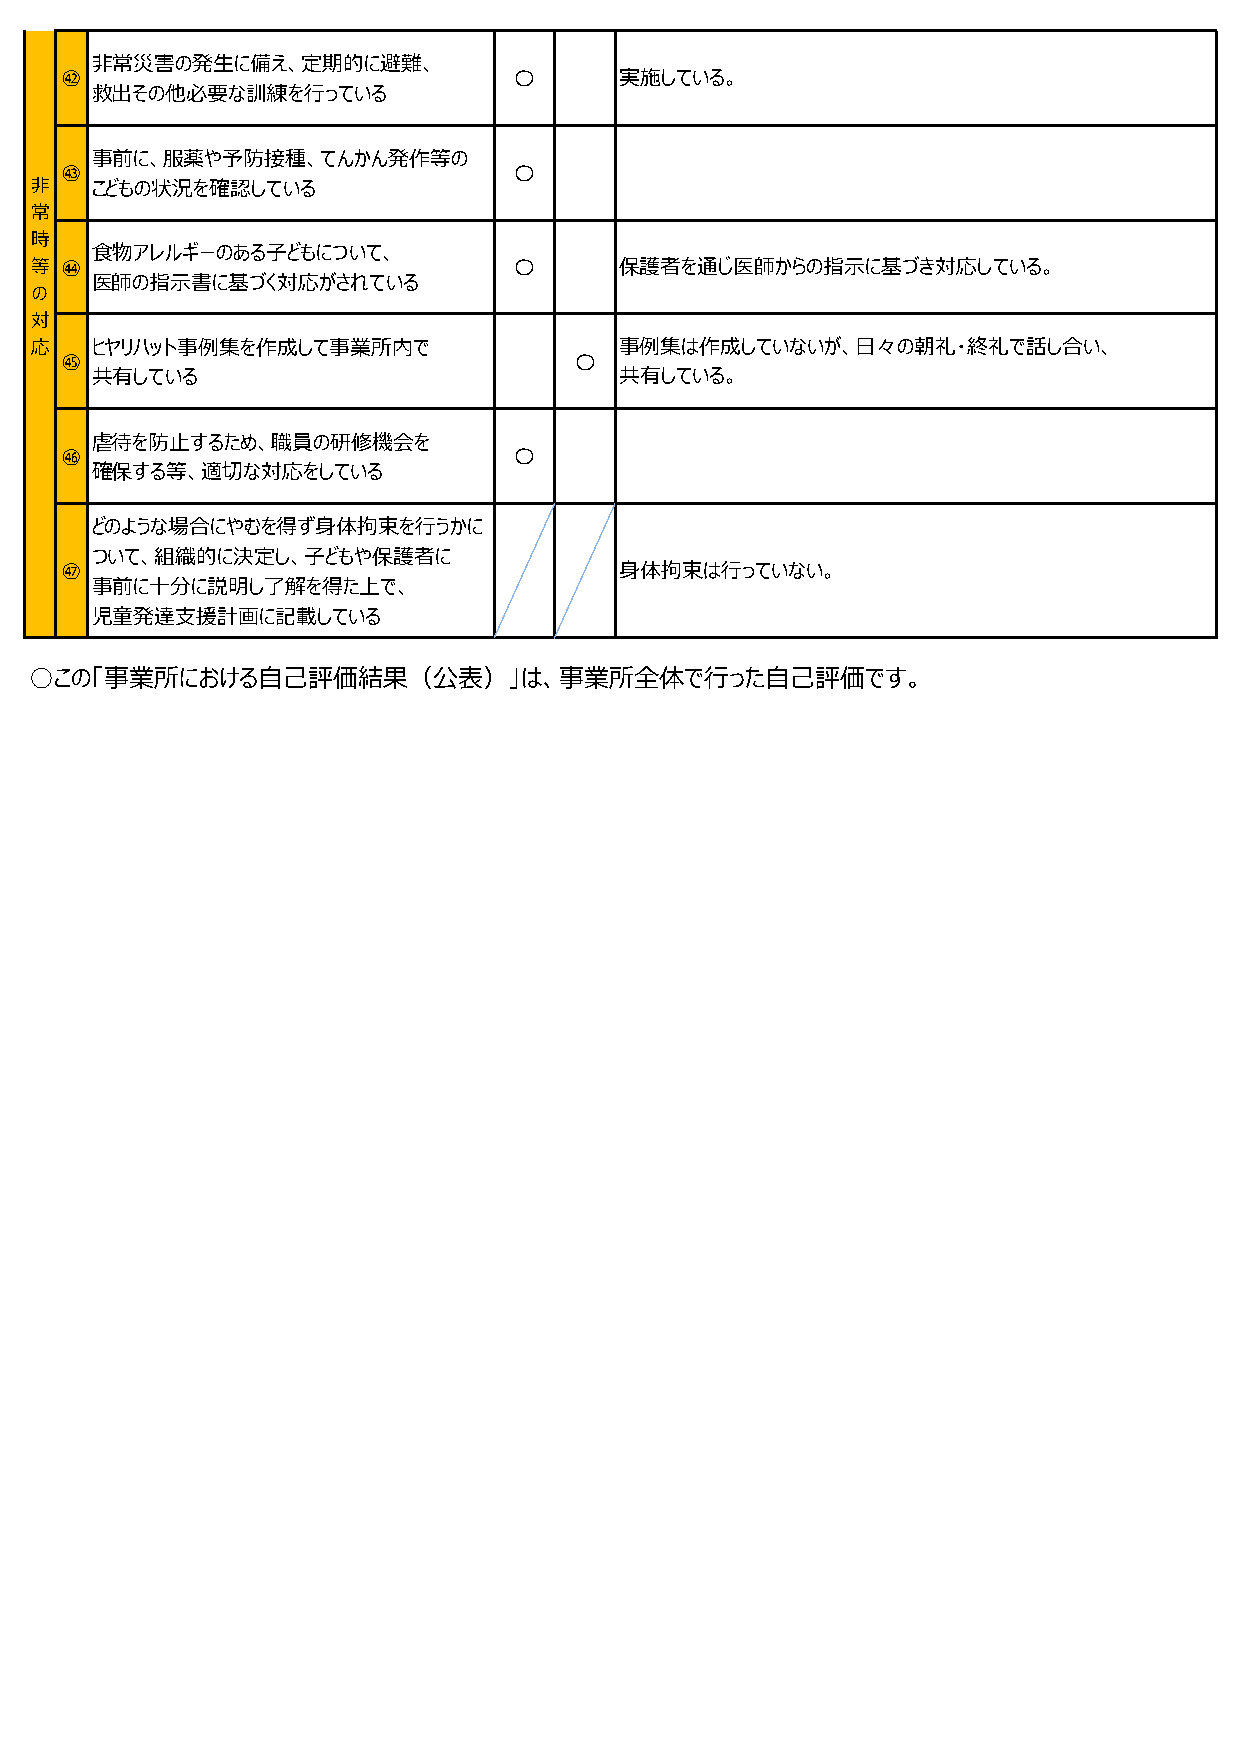
非常災害の発生に備え、定期的に避難、
 ㊷                             〇      実施している。
 救出その他必要な訓練を⾏っている
 事前に、服薬や予防接種、てんかん発作等の
 ㊸                             〇
 非   こどもの状況を確認している
 常
 時
 食物アレルギーのある子どもについて、
 等 ㊹                             〇      保護者を通じ医師からの指示に基づき対応している。
 医師の指示書に基づく対応がされている
 の
 対
 応   ヒヤリハット事例集を作成して事業所内で                事例集は作成していないが、⽇々の朝礼・終礼で話し合い、
 ㊺                                 〇
 共有している                             共有している。
 虐待を防止するため、職員の研修機会を
 ㊻                             〇
 確保する等、適切な対応をしている
 どのような場合にやむを得ず身体拘束を⾏うかに
 ついて、組織的に決定し、子どもや保護者に
 ㊼                                    身体拘束は⾏っていない。
 事前に十分に説明し了解を得た上で、
 児童発達⽀援計画に記載している
 ○この「事業所における自己評価結果（公表）」は、事業所全体で⾏った自己評価です。